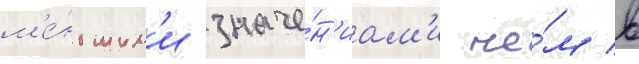
м'е́ньшим'и значе́н'иам'и че́м в